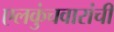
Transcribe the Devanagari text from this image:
एलकुंचवारांची